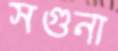
সগুনা